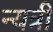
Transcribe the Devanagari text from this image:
न्यत्री